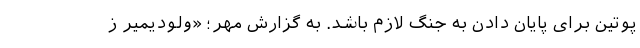
پوتین برای پایان دادن به جنگ لازم باشد. به گزارش مهر؛ «ولودیمیر ز